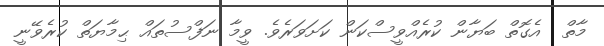
މާތް  އެގޮތް ބަޔާން ކުރެއްވީސްކަން ކަށަވަރެވެ. ވީމާ ނަފްސުތައް ޙިމާޔަތް ކުރެވޭނީ